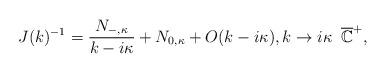
LaTeX: \begin{align*} J(k)^{-1}=\frac{N_{-,\kappa}}{k-i\kappa}+N_{0,\kappa}+O(k-i\kappa),k\to i\kappa\; \; \overline{\mathbb{C}}^+,\end{align*}